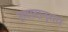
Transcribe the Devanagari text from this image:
लवादानुसार